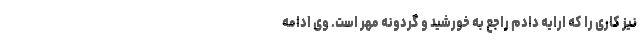
نیز کاری را که ارایه دادم راجع به خورشید و گردونه مهر است. وی ادامه